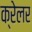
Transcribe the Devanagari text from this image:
क्रेलर